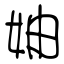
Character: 妯